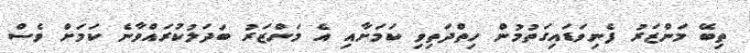
ތިބޭ މަންޒަރު ފެނިވަޑައިގަތުމުން ހިތްދަތިވި ކަމަށާއި އެ މަންޒަރު ބަދަލުކުރައްވާނެ ކަމަށް ވެސް